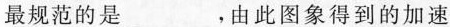
最规范的是___，由此图象得到的加速